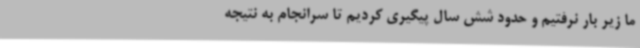
ما زیر بار نرفتیم و حدود شش سال پیگیری کردیم تا سرانجام به نتیجه